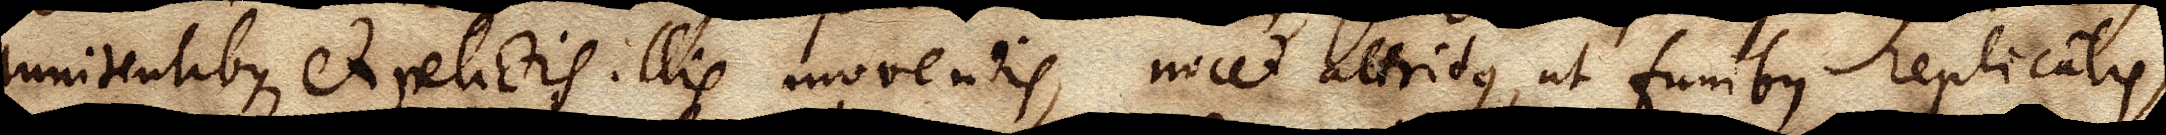
innitentibus, et relictis illis movendis, nocet attritus, ut funibus replicatis,